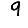
Digit: 9